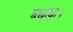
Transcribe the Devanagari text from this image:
बधाया।